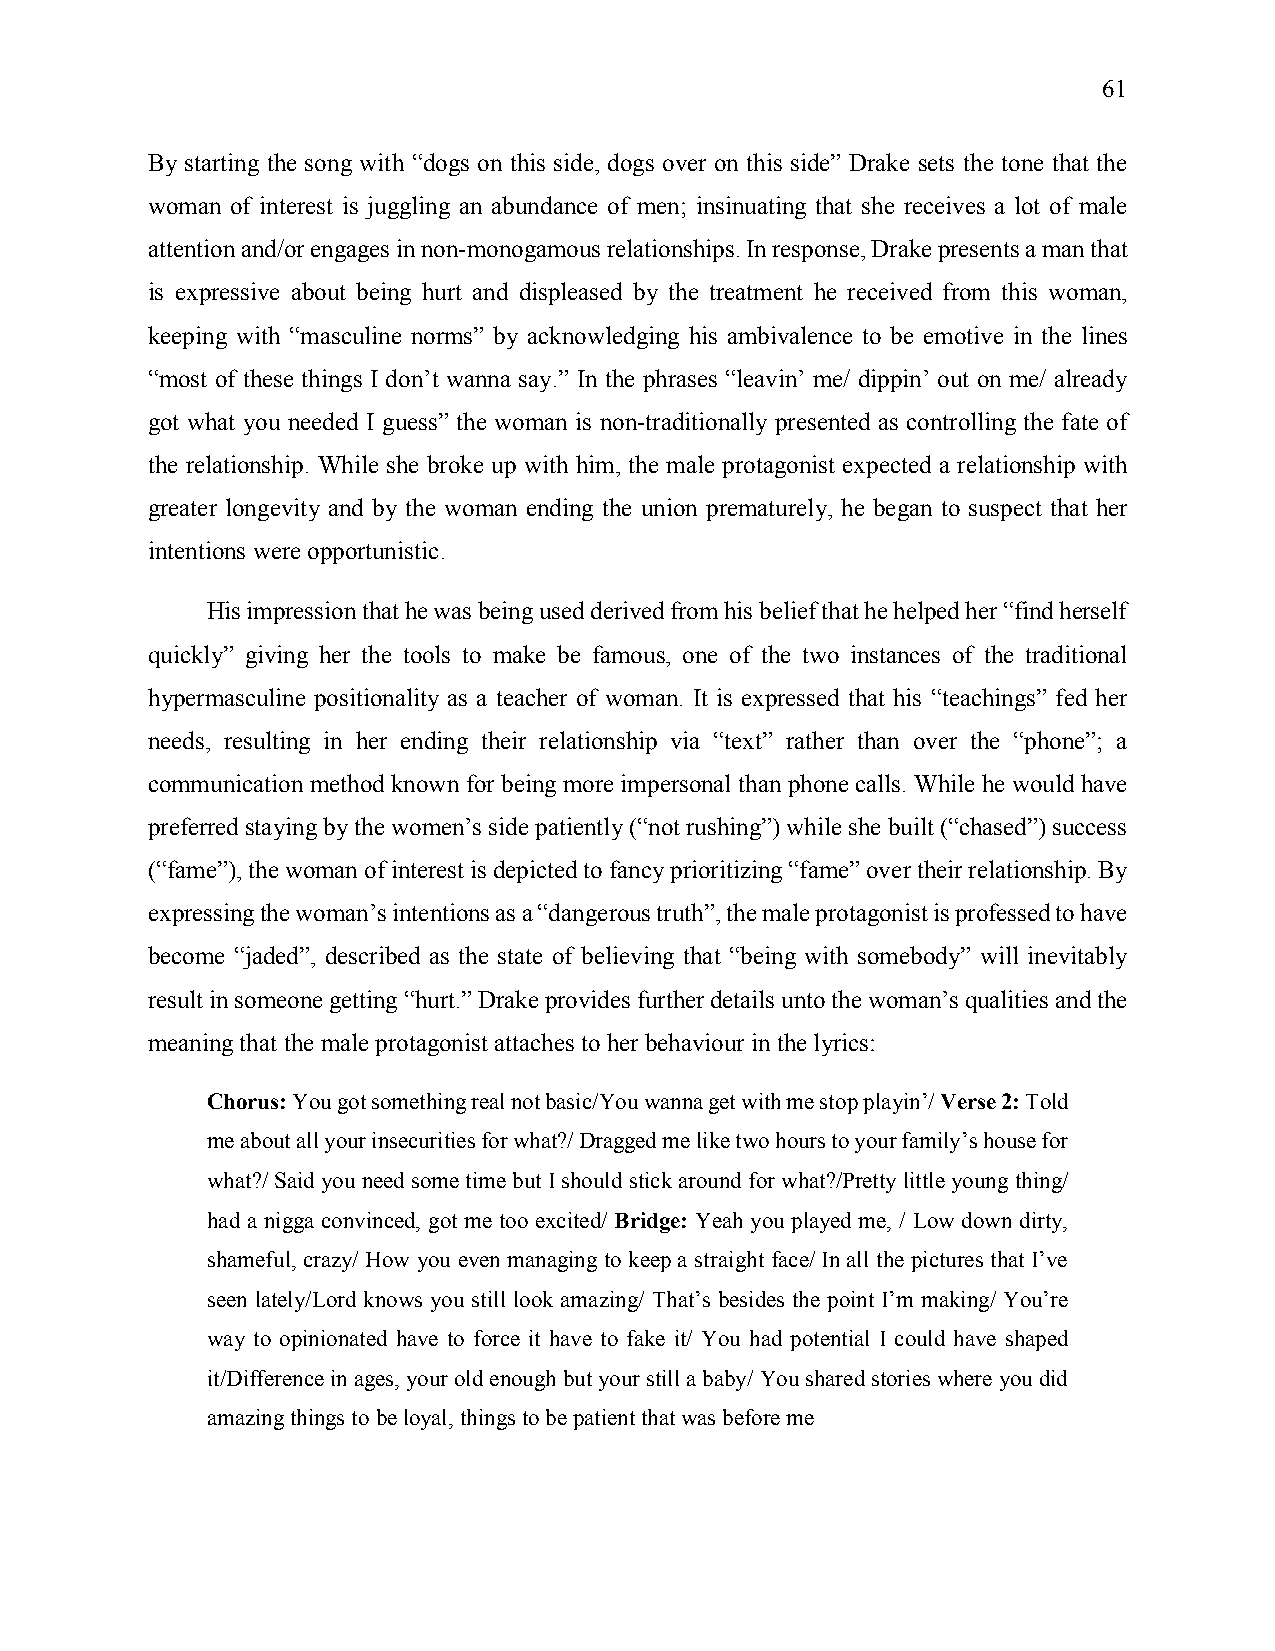
61
 By starting the song with “dogs on this side, dogs over on this side” Drake sets the tone that the
 woman of interest is juggling an abundance of men; insinuating that she receives a lot of male
 attention and/or engages in non-monogamous relationships. In response, Drake presents a man that
 is expressive about being hurt and displeased by the treatment he received from this woman,
 keeping with “masculine norms” by acknowledging his ambivalence to be emotive in the lines
 “most of these things I don’t wanna say.” In the phrases “leavin’ me/ dippin’ out on me/ already
 got what you needed I guess” the woman is non-traditionally presented as controlling the fate of
 the relationship. While she broke up with him, the male protagonist expected a relationship with
 greater longevity and by the woman ending the union prematurely, he began to suspect that her
 intentions were opportunistic.
 His impression that he was being used derived from his belief that he helped her “find herself
 quickly” giving her the tools to make be famous, one of the two instances of the traditional
 hypermasculine positionality as a teacher of woman. It is expressed that his “teachings” fed her
 needs, resulting in her ending their relationship via “text” rather than over the “phone”; a
 communication method known for being more impersonal than phone calls. While he would have
 preferred staying by the women’s side patiently (“not rushing”) while she built (“chased”) success
 (“fame”), the woman of interest is depicted to fancy prioritizing “fame” over their relationship. By
 expressing the woman’s intentions as a “dangerous truth”, the male protagonist is professed to have
 become “jaded”, described as the state of believing that “being with somebody” will inevitably
 result in someone getting “hurt.” Drake provides further details unto the woman’s qualities and the
 meaning that the male protagonist attaches to her behaviour in the lyrics:
 Chorus: You got something real not basic/You wanna get with me stop playin’/ Verse 2: Told
 me about all your insecurities for what?/ Dragged me like two hours to your family’s house for
 what?/ Said you need some time but I should stick around for what?/Pretty little young thing/
 had a nigga convinced, got me too excited/ Bridge: Yeah you played me, / Low down dirty,
 shameful, crazy/ How you even managing to keep a straight face/ In all the pictures that I’ve
 seen lately/Lord knows you still look amazing/ That’s besides the point I’m making/ You’re
 way to opinionated have to force it have to fake it/ You had potential I could have shaped
 it/Difference in ages, your old enough but your still a baby/ You shared stories where you did
 amazing things to be loyal, things to be patient that was before me